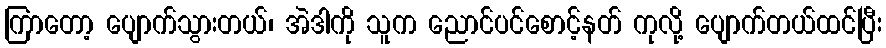
ကြာတော့ ပျောက်သွားတယ်၊ အဲဒါကို သူက ညောင်ပင်စောင့်နတ် ကုလို့ ပျောက်တယ်ထင်ပြီး